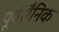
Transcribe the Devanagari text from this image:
पूर्वसैनिक